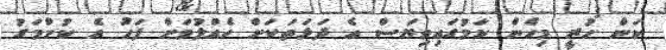
ކަން ހުރީ މިހެން ކަމުގައިވިޔަސް އެ ދަޅަތަކަށް ހެއްލުމަށް ފަހު އެ ކުށްމަގު